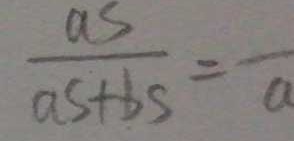
\frac { a s } { a s + b s } = \overline { a }